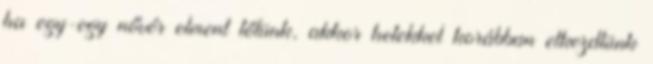
ha egy-egy nővér elment tőlünk, akkor hetekkel korábban elkezdtünk